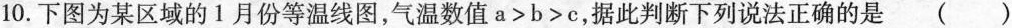
10.下图为某区域的1月份等温线图，气温数值a>b>c，据此判断下列说法正确的是()